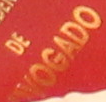
WOGADO